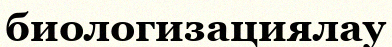
биологизациялау